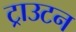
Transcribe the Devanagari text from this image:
ट्राउटन